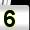
Digit: 5